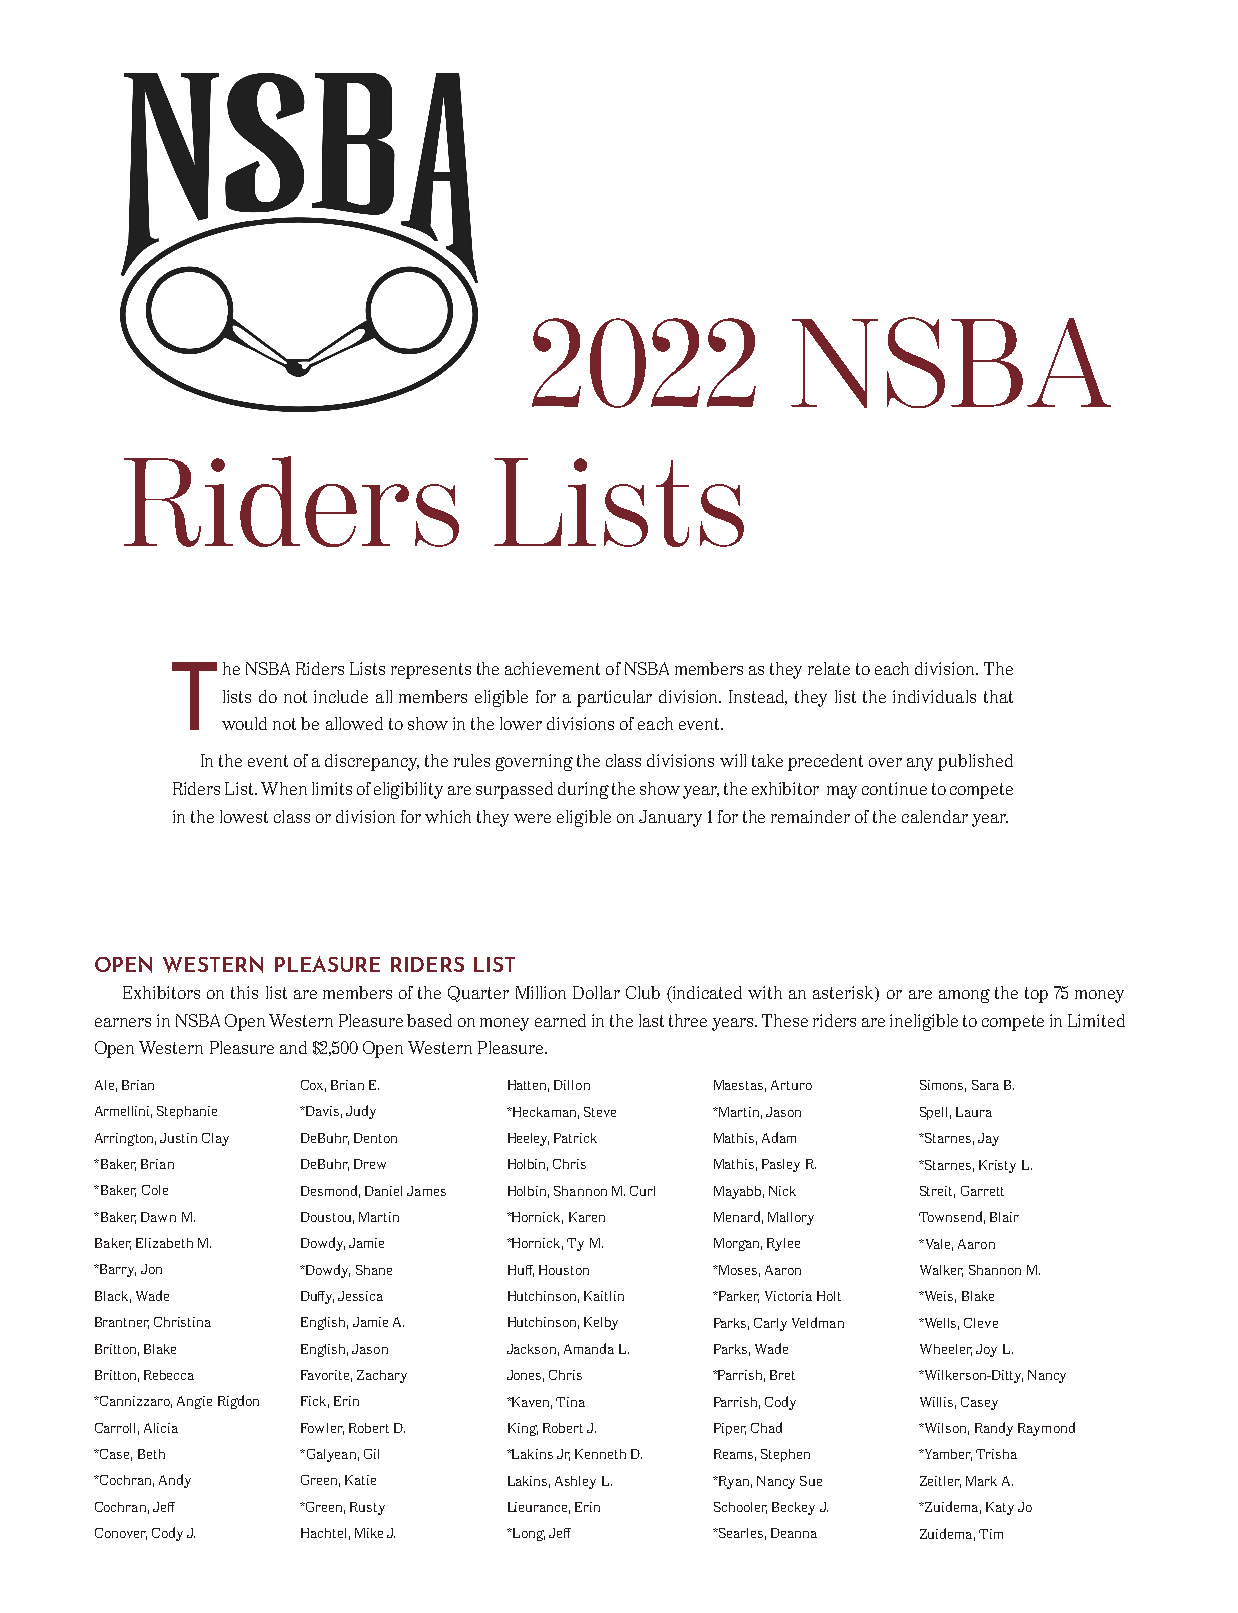
2022             NSBA
 Riders                   Lists
 The  NSBA Riders Lists represents the achievement of NSBA members as they relate to each division. The
 lists do not include all members eligible for a particular division. Instead, they list the individuals that
 would not be allowed to show in the lower divisions of each event.
 In the event of a discrepancy, the rules governing the class divisions will take precedent over any published
 Riders List. When limits of eligibility are surpassed during the show year, the exhibitor may continue to compete
 in the lowest class or division for which they were eligible on January 1 for the remainder of the calendar year.
 OPEN WESTERN PLEASURE RIDERS LIST
 Exhibitors on this list are members of the Quarter Million Dollar Club (indicated with an asterisk) or are among the top 75 money
 earners in NSBA Open Western Pleasure based on money earned in the last three years. These riders are ineligible to compete in Limited
 Open Western Pleasure and $2,500 Open Western Pleasure.
 Ale, Brian    Cox, Brian E. Hatten, Dillon Maestas, Arturo Simons, Sara B.
 Armellini, Stephanie *Davis, Judy *Heckaman, Steve *Martin, Jason Spell, Laura
 Arrington, Justin Clay DeBuhr, Denton Heeley, Patrick Mathis, Adam *Starnes, Jay
 *Baker, Brian DeBuhr, Drew  Holbin, Chris Mathis, Pasley R. *Starnes, Kristy L.
 *Baker, Cole  Desmond, Daniel James Holbin, Shannon M. Curl Mayabb, Nick Streit, Garrett
 *Baker, Dawn M. Doustou, Martin *Hornick, Karen Menard, Mallory Townsend, Blair
 Baker, Elizabeth M. Dowdy, Jamie *Hornick, Ty M. Morgan, Rylee *Vale, Aaron
 *Barry, Jon   *Dowdy, Shane Huff, Houston *Moses, Aaron Walker, Shannon M.
 Black, Wade   Duffy, Jessica Hutchinson, Kaitlin *Parker, Victoria Holt *Weis, Blake
 Brantner, Christina English, Jamie A. Hutchinson, Kelby Parks, Carly Veldman *Wells, Cleve
 Britton, Blake English, Jason Jackson, Amanda L. Parks, Wade Wheeler, Joy L.
 Britton, Rebecca Favorite, Zachary Jones, Chris *Parrish, Bret *Wilkerson-Ditty, Nancy
 *Cannizzaro, Angie Rigdon Fick, Erin *Kaven, Tina Parrish, Cody Willis, Casey
 Carroll, Alicia Fowler, Robert D. King, Robert J. Piper, Chad *Wilson, Randy Raymond
 *Case, Beth   *Galyean, Gil *Lakins Jr, Kenneth D. Reams, Stephen *Yamber, Trisha
 *Cochran, Andy Green, Katie Lakins, Ashley L. *Ryan, Nancy Sue Zeitler, Mark A.
 Cochran, Jeff *Green, Rusty Lieurance, Erin Schooler, Beckey J. *Zuidema, Katy Jo
 Conover, Cody J. Hachtel, Mike J. *Long, Jeff *Searles, Deanna Zuidema, Tim